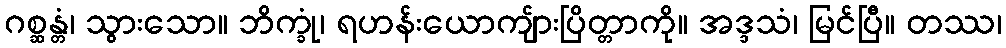
ဂစ္ဆန္တံ၊ သွားသော။ ဘိက္ခုံ၊ ရဟန်းယောကျ်ားပြိတ္တာကို။ အဒ္ဒသံ၊ မြင်ပြီ။ တဿ၊